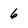
Character: 6